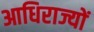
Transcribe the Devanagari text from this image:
आधिराज्यों